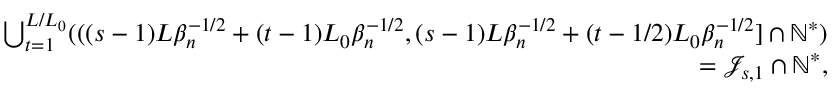
\begin{array} { r l r } & { } & { \bigcup _ { t = 1 } ^ { L \slash L _ { 0 } } ( ( ( s - 1 ) L \beta _ { n } ^ { - 1 \slash 2 } + ( t - 1 ) L _ { 0 } \beta _ { n } ^ { - 1 \slash 2 } , ( s - 1 ) L \beta _ { n } ^ { - 1 \slash 2 } + ( t - 1 \slash 2 ) L _ { 0 } \beta _ { n } ^ { - 1 \slash 2 } ] \cap \mathbb { N } ^ { * } ) } \\ & { } & { = \mathcal { J } _ { s , 1 } \cap \mathbb { N } ^ { * } , } \end{array}